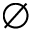
\varnothing